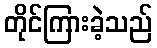
တိုင်ကြားခဲ့သည်